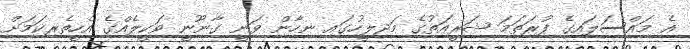
އެ މައްސަލައިގެ ފުރަތަމަ ޝަރީއަތުގެ މަޖިލީހުގައި ނިހާން ވަނީ ގާނޫނީ ވަކީލެއްގެ އެހީތެރިކަމަށް